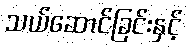
သယ်ဆောင်ခြင်းနှင့်